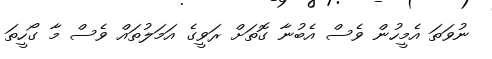
ނުވަތަ އެމީހުން ވެސް އެބުނާ ގޮތަށް ރަވީގެ އަމަލުތައް ވެސް މާ ގޯހީތަ